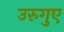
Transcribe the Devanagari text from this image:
उरुगुए